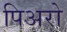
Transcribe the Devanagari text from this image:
पिअरो